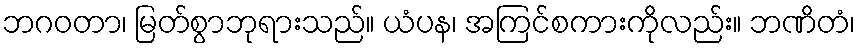
ဘဂဝတာ၊ မြတ်စွာဘုရားသည်။ ယံပန၊ အကြင်စကားကိုလည်း။ ဘဏိတံ၊